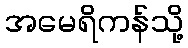
အမေရိကန်သို့